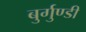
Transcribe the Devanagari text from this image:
बुर्गुण्डी